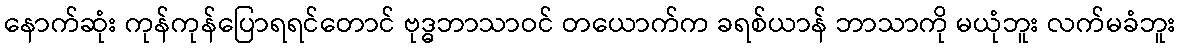
နောက်ဆုံး ကုန်ကုန်ပြောရရင်တောင် ဗုဒ္ဓဘာသာဝင် တယောက်က ခရစ်ယာန် ဘာသာကို မယုံဘူး လက်မခံဘူး